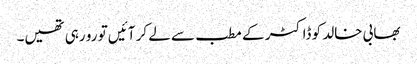
بھابی خالد کو ڈاکٹر کے مطب سے لے کر آئیں تو رو رہی تھیں۔